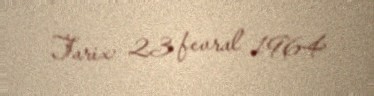
Tarix: 23 fevral 1964